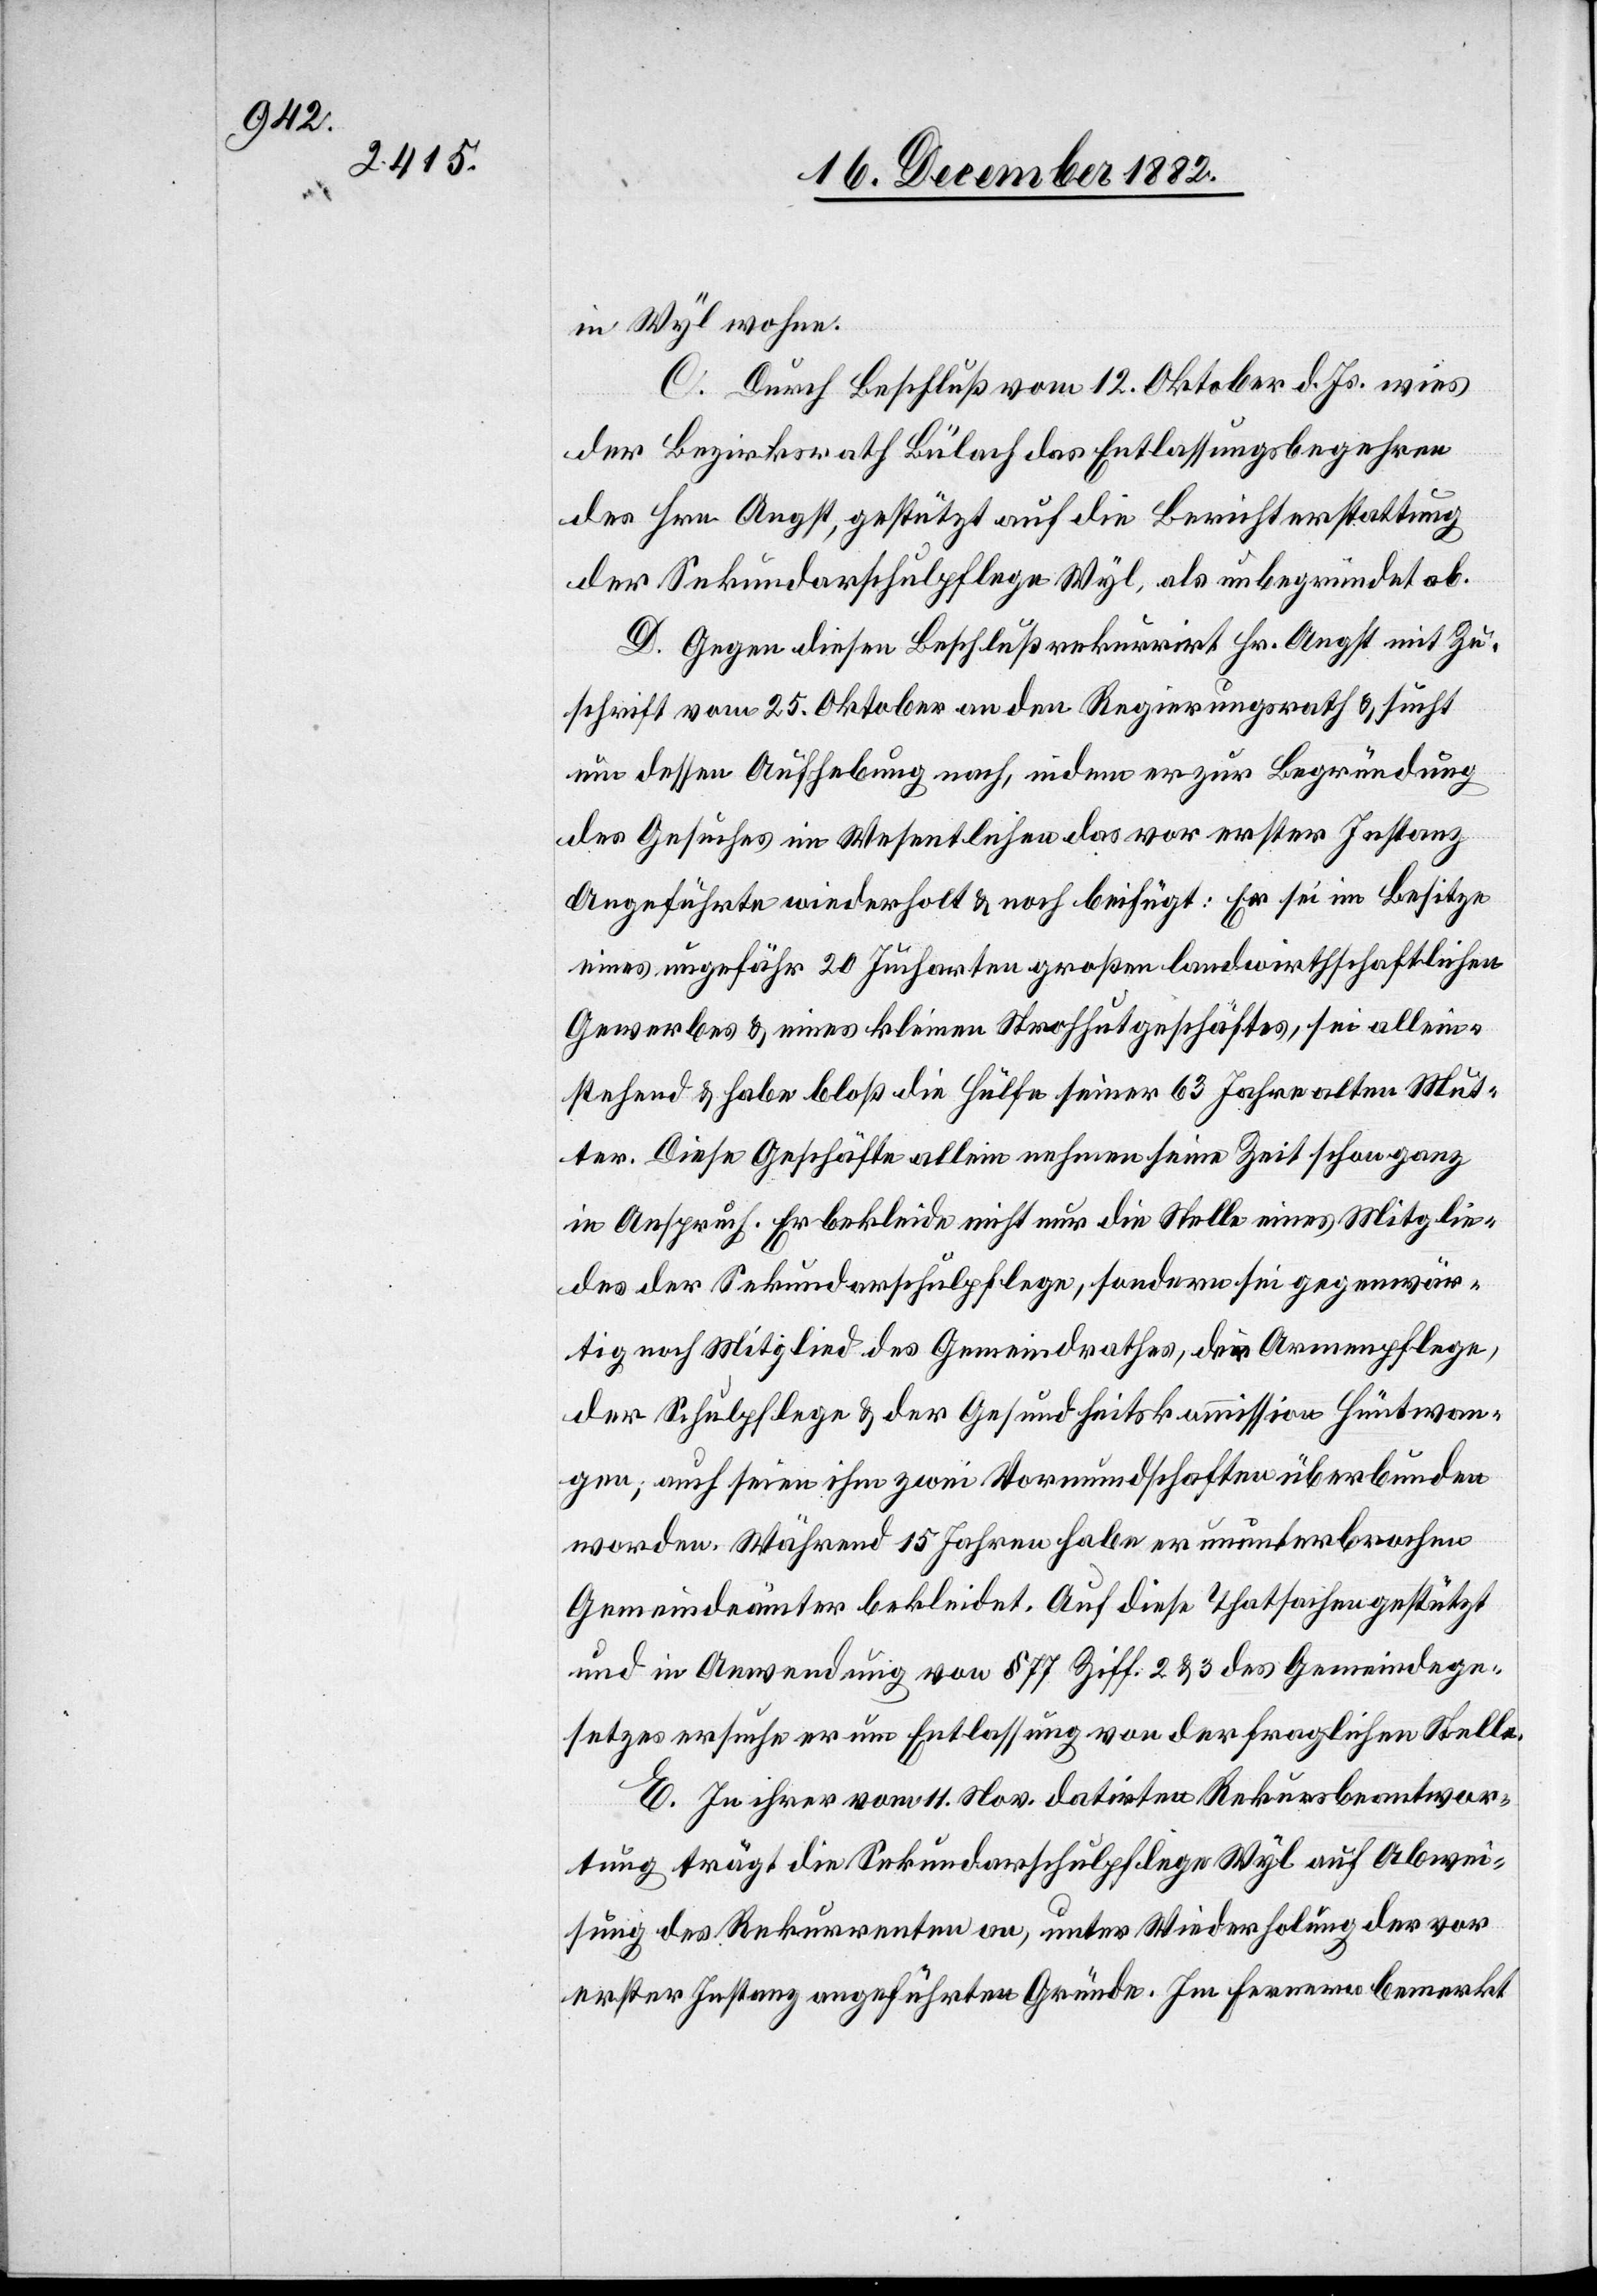
in Wyl wohne.
C. Durch Beschluß vom 12. Oktober d. Js. wies
der Bezirksrath Bülach das Entlassungsbegehren
des Hrn. Angst, gestützt auf die Berichterstattung
der Sekundarschulpflege Wyl, als unbegründet ab.
D. Gegen diesen Beschluß rekurrirt Hr. Angst mit Zu¬
schrift vom 25. Oktober an den Regierungsrath & sucht
um dessen Aufhebung nach, indem er zur Begründung
des Gesuches im Wesentlichen das vor erster Instanz
Angeführte wiederholt & noch beifügt: Er sei im Besitze
eines ungefähr 20 Jucharten großen landwirthschaftlichen
Gewerbes & eines kleinen Strohhutgeschäftes, sei allein¬
stehend & habe bloß die Hülfe seiner 63 Jahre alten Mut¬
ter. Diese Geschäfte allein nehmen seine Zeit schon ganz
in Anspruch. Er bekleide nicht nur die Stelle eines Mitglie¬
des der Sekundarschulpflege, sondern sei gegenwär¬
tig noch Mitglied des Gemeindrathes, der Armenpflege,
der Schulpflege & der Gesundheitskommission Hüntwan¬
gen; auch seien ihm zwei Vormundschaften überbunden
worden. Während 15 Jahren habe er ununterbrochen
Gemeindeämter bekleidet. Auf diese Thatsachen gestützt
und in Anwendung von § 77 Ziff. 2 & 3 des Gemeindege¬
setzes ersuche er um Entlassung von der fraglichen Stelle.
E. In ihrer vom 11. Nov. datirten Rekursbeantwor¬
tung trägt die Sekundarschulpflege Wyl auf Abwei¬
sung des Rekurrenten an, unter Wiederholung der vor
erster Instanz angeführten Gründe. Im Fernern bemerkt